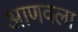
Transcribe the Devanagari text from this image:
आणवला